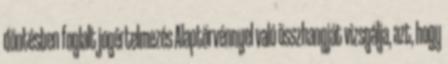
döntésben foglalt jogértelmezés Alaptörvénnyel való összhangját vizsgálja, azt, hogy